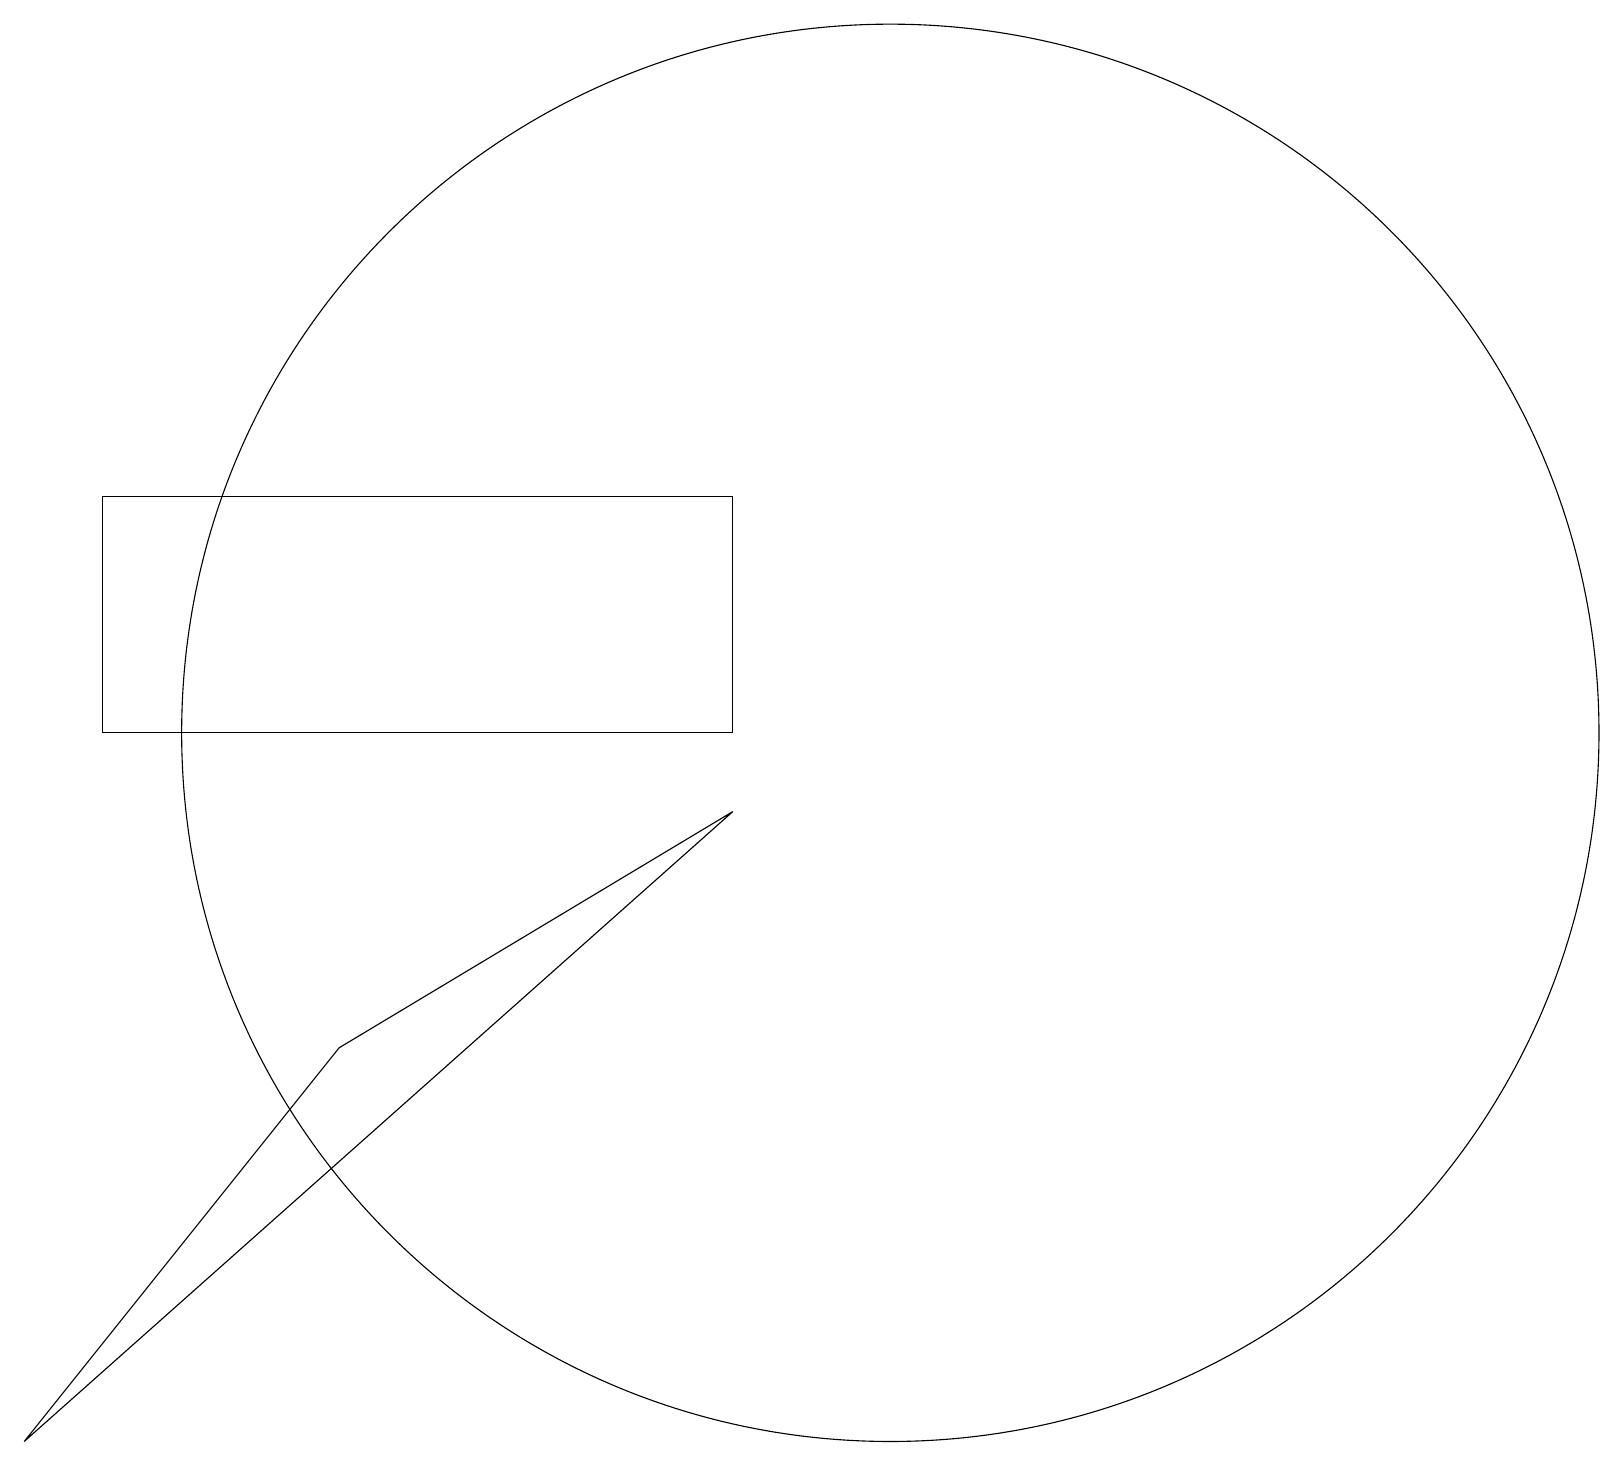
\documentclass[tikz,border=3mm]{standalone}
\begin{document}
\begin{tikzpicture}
\draw (0,1) -- (4,6) -- (9,9) -- cycle;
\draw (1,10) rectangle (9,13);
\draw (11,10) circle (9);
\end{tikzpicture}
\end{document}